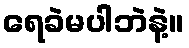
ရေခဲမပါဘဲနဲ့။